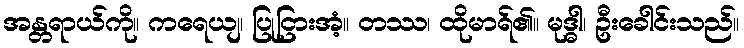
အန္တရာယ်ကို။ ကရေယျ၊ ပြုငြားအံ့။ တဿ၊ ထိုမာရ်၏။ မုဒ္ဓါ၊ ဦးခေါင်းသည်။